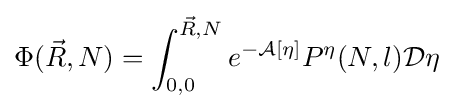
\Phi ({\vec {R}},N)=\int _{0,0}^{{\vec {R}},N}e^{-{\mathcal {A}}[\eta ]}P^{\eta }(N,l){\mathcal {D}}\eta